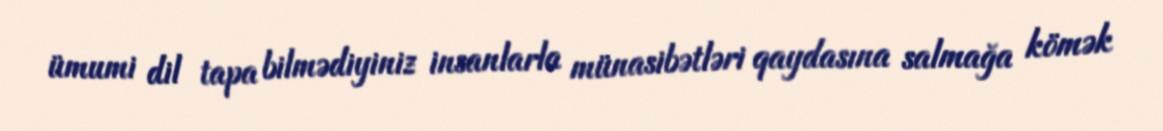
ümumi dil tapa bilmədiyiniz insanlarla münasibətləri qaydasına salmağa kömək